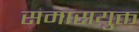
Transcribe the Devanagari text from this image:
समासयुक्त